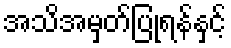
အသိအမှတ်ပြုရန်နှင့်